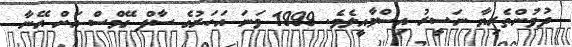
ދުވުންތެރިޔާ ނަސީރު އިސްމާއީލެވެ. 1999 ވަނަ އަހަރުގެ ސާފް ގޭމްސް އަށް އޭނާ